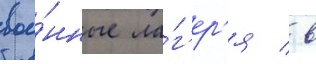
вое́нные ла́г'ер'я / в